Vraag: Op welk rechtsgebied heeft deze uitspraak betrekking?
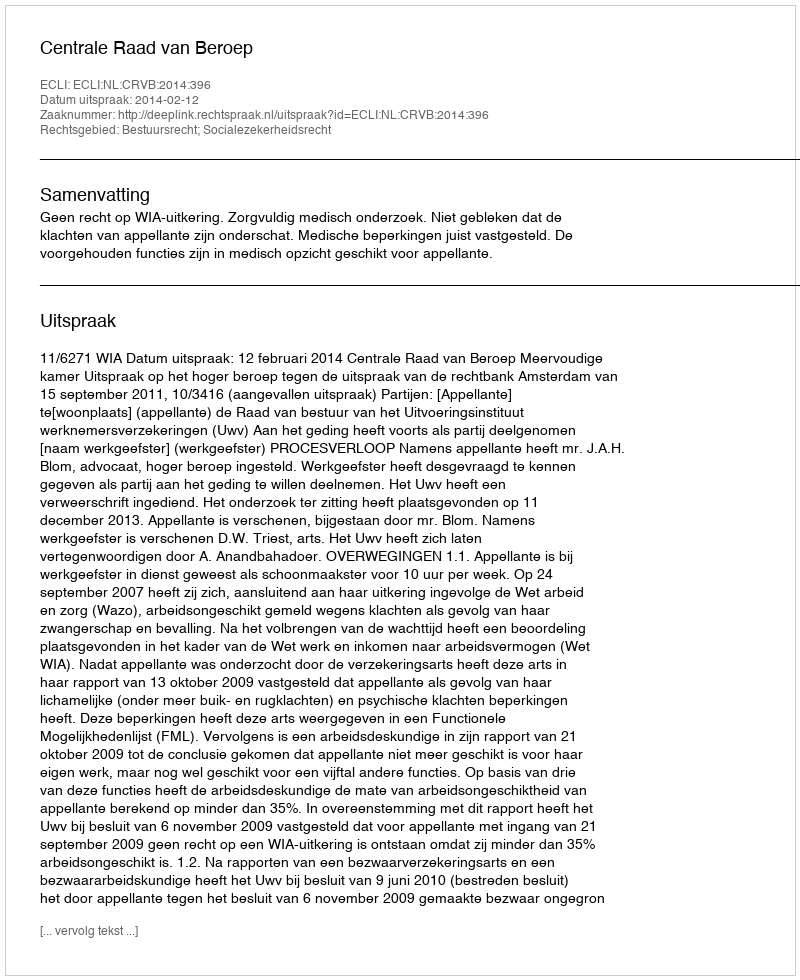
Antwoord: Bestuursrecht; Socialezekerheidsrecht